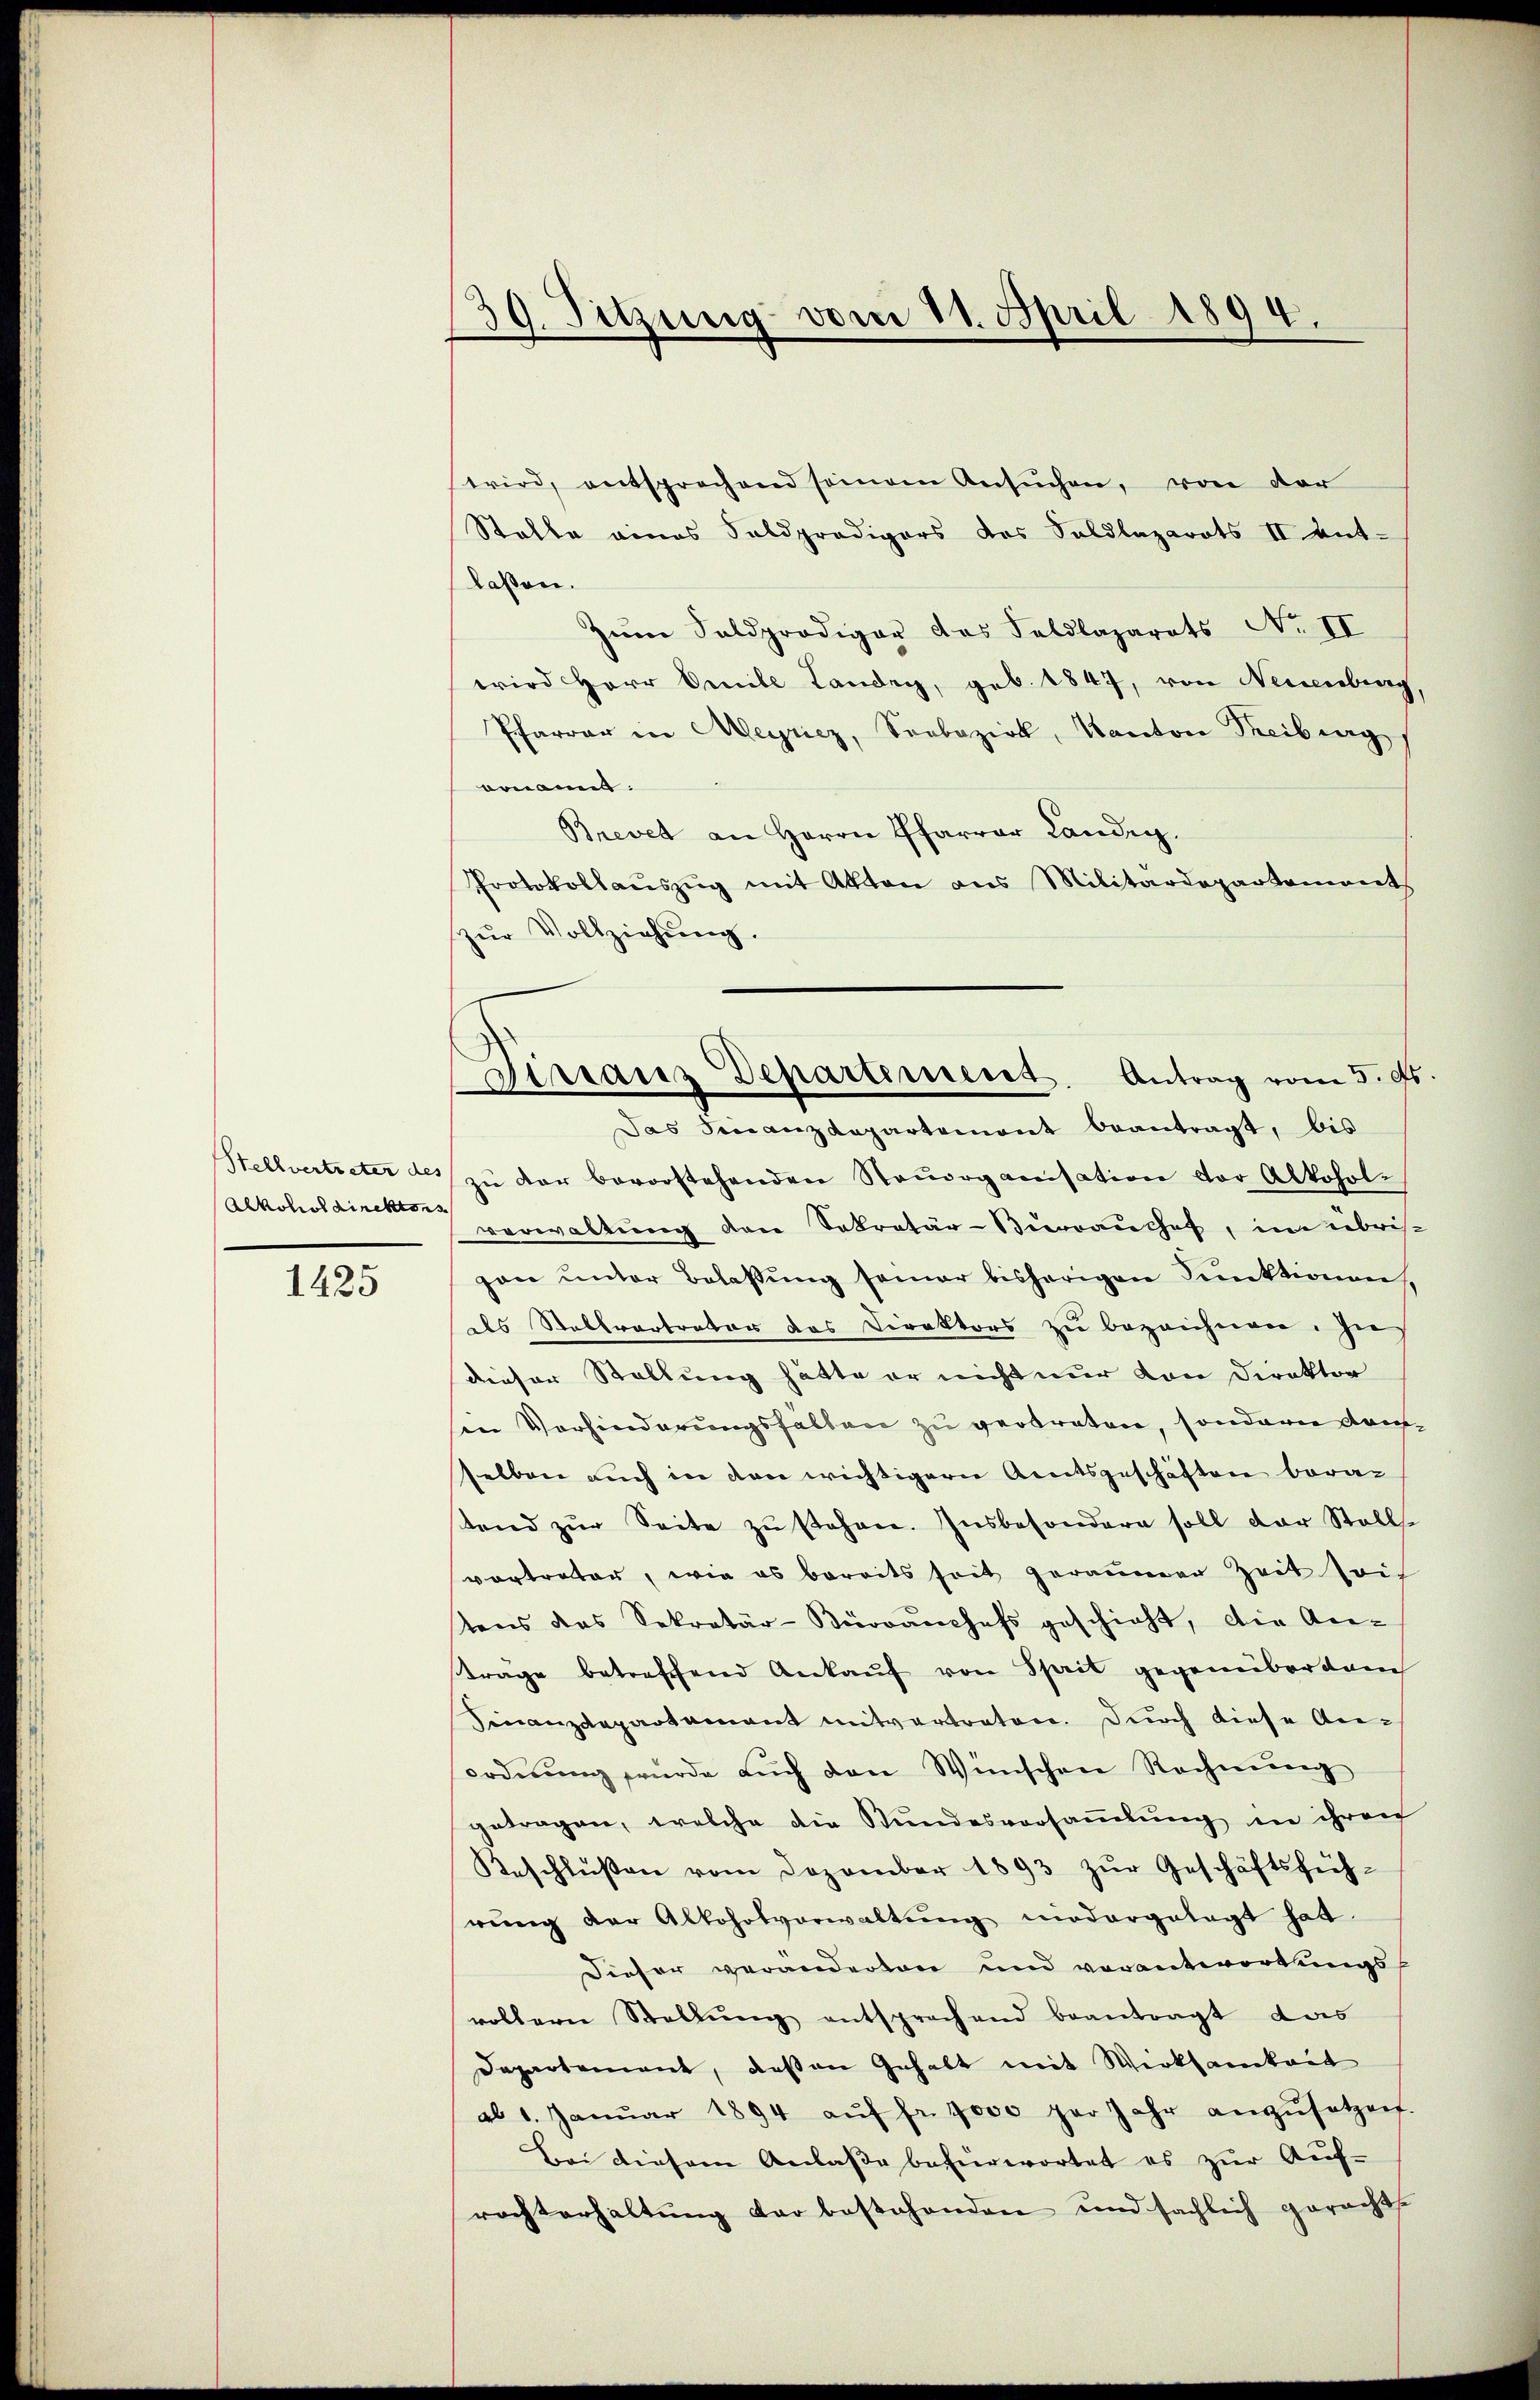
Alkohol direktions

1425

wird, entsprochend seinem Ansŭchen, von der
Stalle eines Feldpredigers des Saldlazarots II ent-
laßen.
Zum Saldprödiger das Feldlaparats No II
wird Herr Omnile Landry, geb. 1847, von Neuenburg,
Pfarrer in Meyriez, Soebezirk, Kanton Treiburg
ornannt.
Brevet an Herrn Pfarrer Landig.
Protokollaŭszŭg mit Akten ans Militärdepartement
zŭr Vollziehung.
Das Finanzdepartemont beantragt, bis
Stellvertreter des zŭ der bevorstehenden Staŭorganisation vor Alkohol-
verwaltŭng den Sekretär-Pierraushof, im übris-
zon unter Belassung seiner bisherigen Funktionen,
als Stellvertrator des Direktors zu bezeichnen. Zus
dieser Stellung hätte er nicht nur von Direktor
sen Verhinderungsfallen zu vertreten, sondern Kaufselben auch in den wichtigern Amtsgeschäften bera
stand zŭr Seite zŭ stehen. Insbesondere soll der Stalls
vortreter, wie es bereits seit geräumen Zeit sich
stens das Sekretär-Bürvanchefs geschieht, die An-
träge betreffend Ankaŭf von Sprit gegenüber danch
Finanzdepartamant mitvertraten. Durch diese An-
ordnŭng würde aŭch den Wünschen Rechnŭng
getragen, welche die Stŭndesversaṁlŭng in ihren
Beschlŭβen vom Dezember 1893 zŭr Geschäftsfüh-
rung der Alkoholverwaltŭng niedergelegt hat.
Dieser veranderten und verantwortungs
vollern Stellŭng entsprechend beantragt das
Departement, deßen Gehalt mit Wirksamkeit
ab 1. Janŭar 1894 aŭf fr. 7000 per Jahr anzŭsetzen.
Bei diesem Anlasse befürwortet es zur Auf-
rachterhaltŭng der bestehenden und sächlich geracht.

39. Sitzung vom 11. April 1894.

Dirranz Departement. Antrag vom 5. ds